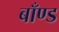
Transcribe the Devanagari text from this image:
बाँण्ड